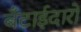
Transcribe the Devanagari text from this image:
बँटाईदारों